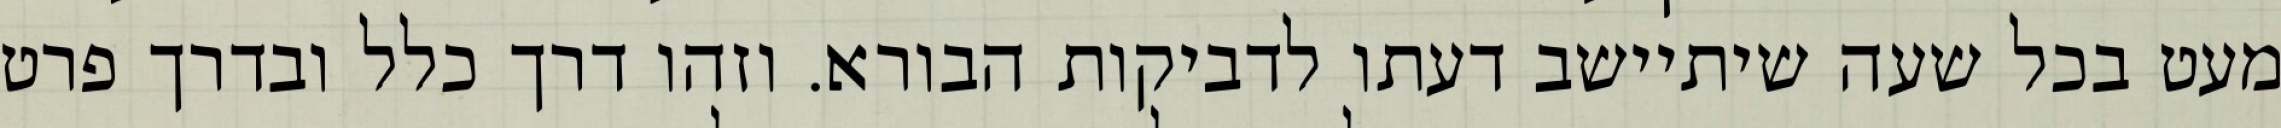
מעט בכל שעה שיתיישב דעתו לדביקות הבורא. וזהו דרך כלל ובדרך פרט